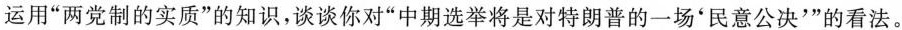
运用”两党制的实质”的知识，谈谈你对”中期选举将是对特朗普的一场'民意公决'”的看法。